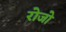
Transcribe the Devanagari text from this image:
रोजो